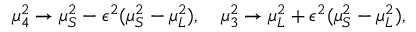
\mu _ { 4 } ^ { 2 } \rightarrow \mu _ { S } ^ { 2 } - \epsilon ^ { 2 } ( \mu _ { S } ^ { 2 } - \mu _ { L } ^ { 2 } ) , \quad \mu _ { 3 } ^ { 2 } \rightarrow \mu _ { L } ^ { 2 } + \epsilon ^ { 2 } ( \mu _ { S } ^ { 2 } - \mu _ { L } ^ { 2 } ) ,